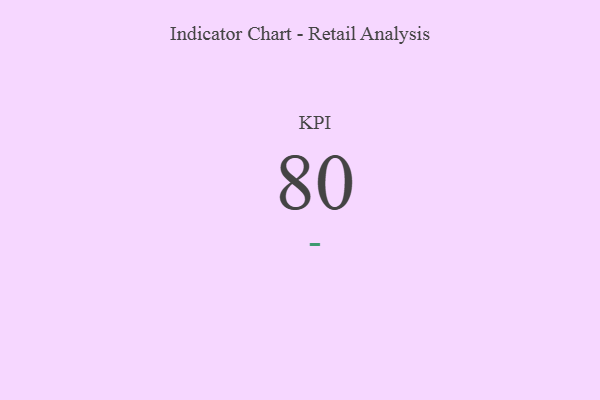
{"axis": {"x": "KPI", "y": "Value"}, "legend": [""], "data": [{"x": "KPI", "y": 80, "type": ""}]}